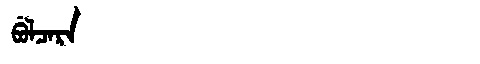
Manchu: ᠪᡠᠯᠴᠠᡵᠠ
Romanization: BULCARA